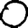
Digit: 0